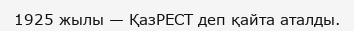
1925 жылы — ҚазРЕСТ деп қайта аталды.